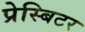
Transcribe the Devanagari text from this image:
प्रेस्बिटर